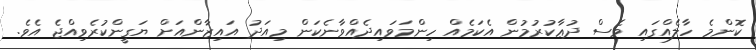
ކޮންމެ ހާލެއްގައި ވެސް ދުޢާކުރުމުން އެކަމެއް ހިންމަވައިދެއްވާނެކަން މިއަދު އައިޒާންއަށް ޔަގީންކުރެވިއްޖެ އެވެ.